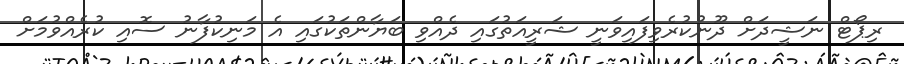
ރިޕޯޓް ނަޝީދަށް ދޫނުކުރެވިފައިވަނީ ޝަރީއަތުގައި ދެއްވި ބަޔާންތަކުގައި އެ މަނިކުފާނު ސޮއި ކުރެއްވުމަށް